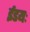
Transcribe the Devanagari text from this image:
ईडयः